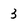
Character: 3